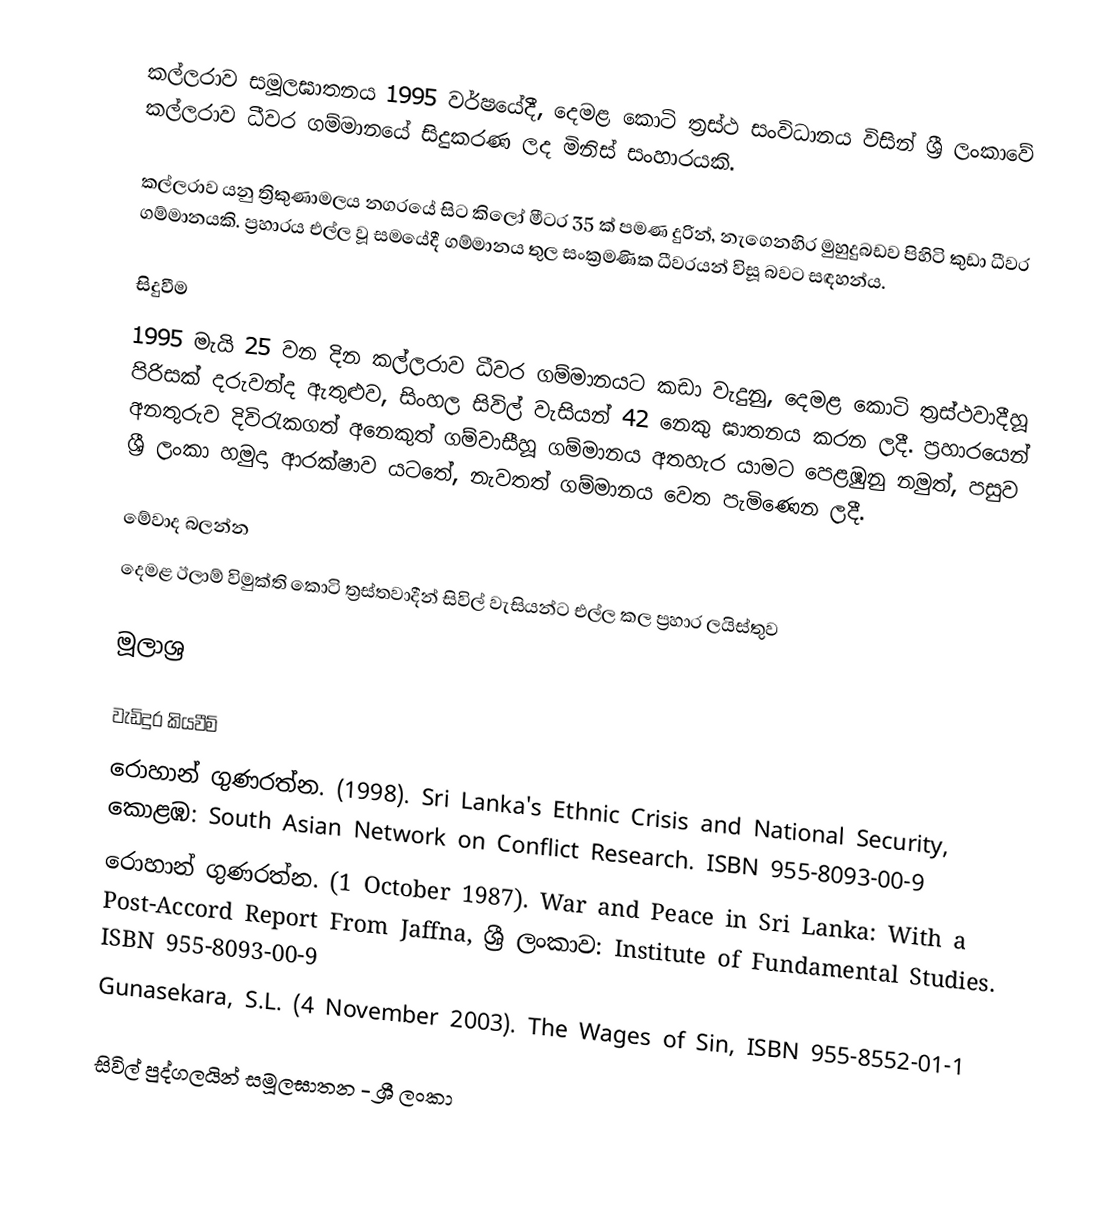
කල්ලරාව සමූලඝාතනය 1995 වර්ෂයේදී, දෙමළ කොටි ත්‍රස්ථ සංවිධානය විසින් ශ්‍රී ලංකාවේ කල්ලරාව ධීවර ගම්මානයේ සිදුකරණ ලද මිනිස් සංහාරයකි.

කල්ලරාව යනු ත්‍රිකුණාමලය නගරයේ සිට කිලෝ මීටර 35 ක් පමණ දුරින්, නැගෙනහිර මුහුදුබඩව පිහිටි කුඩා ධීවර ගම්මානයකි. ප්‍රහාරය එල්ල වූ සමයේදී ගම්මානය තුල සංක්‍රමණික ධීවරයන් විසූ බවට සඳහන්ය.

සිදුවීම
1995 මැයි 25 වන දින කල්ලරාව ධීවර ගම්මානයට කඩා වැදුනු, දෙමළ කොටි ත්‍රස්ථවාදීහූ පිරිසක් දරුවන්ද ඇතුළුව, සිංහල සිවිල් වැසියන් 42 නෙකු ඝාතනය කරන ලදී. ප්‍රහාරයෙන් අනතුරුව දිවිරැකගත් අනෙකුත් ගම්වාසීහූ ගම්මානය අතහැර යාමට පෙළඹුනු නමුත්, පසුව ශ්‍රී ලංකා හමුදා ආරක්ෂාව යටතේ, නැවතත් ගම්මානය වෙත පැමිණෙන ලදී.

මේවාද බලන්න
 දෙමළ ඊලාම් විමුක්ති කොටි ත්‍රස්තවාදීන් සිවිල් වැසියන්ට එල්ල කල ප්‍රහාර ලයිස්තුව

මූලාශ්‍ර

වැඩිදුර කියවීම්
 රොහාන් ගුණරත්න. (1998). Sri Lanka's Ethnic Crisis and National Security, කොළඹ: South Asian Network on Conflict Research. ISBN 955-8093-00-9
 රොහාන් ගුණරත්න. (1 October 1987). War and Peace in Sri Lanka: With a Post-Accord Report From Jaffna, ශ්‍රී ලංකාව: Institute of Fundamental Studies. ISBN 955-8093-00-9
 Gunasekara, S.L. (4 November 2003). The Wages of Sin, ISBN 955-8552-01-1

සිවිල් පුද්ගලයින් සමූලඝාතන - ශ්‍රී ලංකා